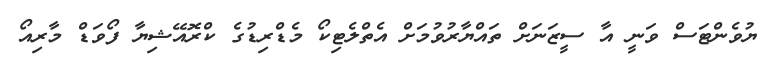
ޔުވެންޓަސް ވަނީ އާ ސީޒަނަށް ތައްޔާރުވުމަށް އެތްލެޓިކޯ މެޑްރިޑުގެ ކްރޮއޭޝިޔާ ފޯވަޑް މާރިއޯ